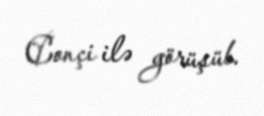
Conçi ilə görüşüb.